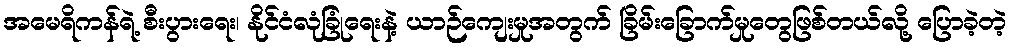
အမေရိကန်ရဲ့ စီးပွားရေး၊ နိုင်ငံလုံခြုံရေးနဲ့ ယာဉ်ကျေးမှုအတွက် ခြိမ်းခြောက်မှုတွေဖြစ်တယ်လို့ ပြောခဲ့တဲ့